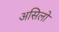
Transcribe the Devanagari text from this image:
असिलो